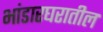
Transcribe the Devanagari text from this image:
भांडारघरातील